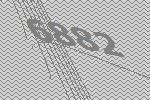
6882